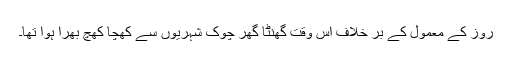
روز کے معمول کے بر خلاف اس وقت گھنٹا گھر چوک شہریوں سے کھچا کھچ بھرا ہوا تھا۔